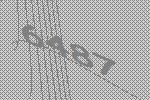
6487